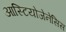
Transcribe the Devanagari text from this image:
आस्टियोजेनेसिस